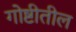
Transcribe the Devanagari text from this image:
गोष्टीतील